Indian journal of veterinary science and animal husbandry - Volumes 18-21, 1948-1951
Year: 1948
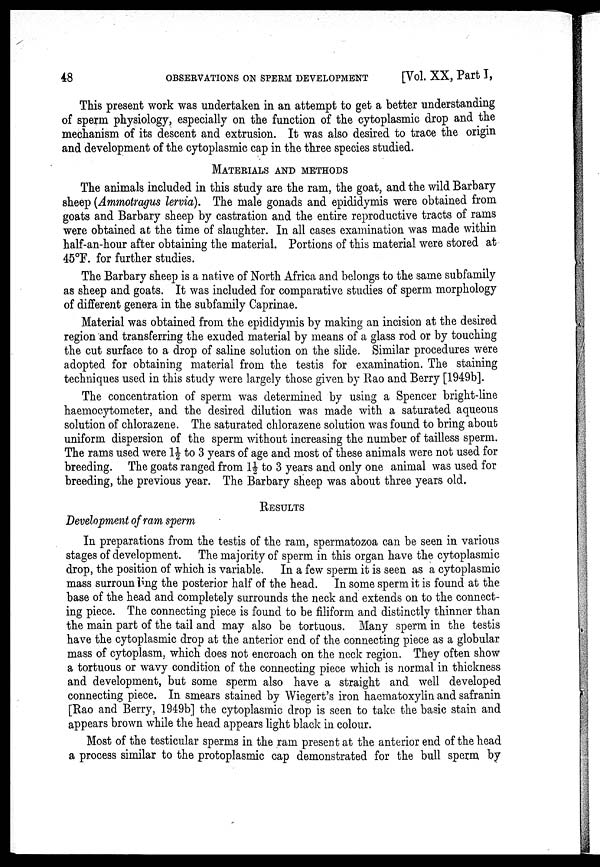
48
OBSERVATIONS ON SPERM DEVELOPMENT
[Vol. XX, Part I,
This present work was undertaken in an attempt to get a better understanding
of sperm physiology, especially on the function of the cytoplasmic drop and the
mechanism of its descent and extrusion. It was also desired to trace the origin
and development of the cytoplasmic cap in the three species studied.
MATERIALS AND METHODS
The animals included in this study are the ram, the goat, and the wild Barbary
sheep (Ammotragus lervia). The male gonads and epididymis were obtained from
goats and Barbary sheep by castration and the entire reproductive tracts of rams
were obtained at the time of slaughter. In all cases examination was made within
half-an-hour after obtaining the material. Portions of this material were stored at
45°F. for further studies.
The Barbary sheep is a native of North Africa and belongs to the same subfamily
as sheep and goats. It was included for comparative studies of sperm morphology
of different genera in the subfamily Caprinae.
Material was obtained from the epididymis by making an incision at the desired
region and transferring the exuded material by means of a glass rod or by touching
the cut surface to a drop of saline solution on the slide. Similar procedures were
adopted for obtaining material from the testis for examination. The staining
techniques used in this study were largely those given by Rao and Berry [1949b].
The concentration of sperm was determined by using a Spencer bright-line
haemocytometer, and the desired dilution was made with a saturated aqueous
solution of chlorazene. The saturated chlorazene solution was found to bring about
uniform dispersion of the sperm without increasing the number of tailless sperm.
The rams used were 1½ to 3 years of age and most of these animals were not used for
breeding. The goats ranged from 1½ to 3 years and only one animal was used for
breeding, the previous year. The Barbary sheep was about three years old.
RESULTS
Development of ram sperm
In preparations from the testis of the ram, spermatozoa can be seen in various
stages of development. The majority of sperm in this organ have the cytoplasmic
drop, the position of which is variable. In a few sperm it is seen as a cytoplasmic
mass surrounding the posterior half of the head. In some sperm it is found at the
base of the head and completely surrounds the neck and extends on to the connect-
ing piece. The connecting piece is found to be filiform and distinctly thinner than
the main part of the tail and may also be tortuous. Many sperm in the testis
have the cytoplasmic drop at the anterior end of the connecting piece as a globular
mass of cytoplasm, which does not encroach on the neck region. They often show
a tortuous or wavy condition of the connecting piece which is normal in thickness
and development, but some sperm also have a straight and well developed
connecting piece. In smears stained by Wiegert's iron haematoxylin and safranin
[Rao and Berry, 1949b] the cytoplasmic drop is seen to take the basic stain and
appears brown while the head appears light black in colour.
Most of the testicular sperms in the ram present at the anterior end of the head
a process similar to the protoplasmic cap demonstrated for the bull sperm by